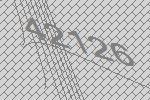
42126